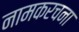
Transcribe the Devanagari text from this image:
नामकरचना